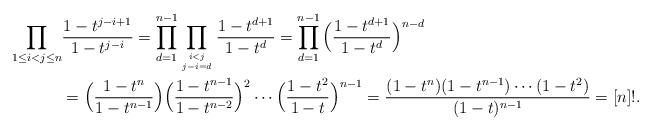
LaTeX: \begin{align*}\prod_{1\le i<j\le n} &\frac{ 1-t^{j-i+1}}{1-t^{j-i}}=\prod_{d=1}^{n-1} \prod_{i<j\atop j-i = d} \frac{1- t^{d+1}}{1-t^d}=\prod_{d=1}^{n-1} \Big(\frac{1- t^{d+1}}{1-t^d}\Big)^{n-d} \\&= \Big(\frac{1- t^n}{1-t^{n-1}}\Big)\Big(\frac{1- t^{n-1}}{1-t^{n-2}}\Big)^2\cdots \Big(\frac{1- t^2}{1-t}\Big)^{n-1}= \frac{(1-t^n)(1-t^{n-1})\cdots (1-t^2)}{(1-t)^{n-1}} = [n]!.\end{align*}